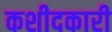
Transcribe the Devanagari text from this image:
कशीदकारी